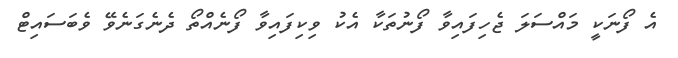
އެ ފޯނަކީ މައްސަލަ ޖެހިފައިވާ ފޯނުތަކާ އެކު ވިކިފައިވާ ފޯނެއްތޯ ދެނެގަނެވޭ ވެބަސައިޓް